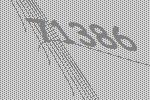
71386